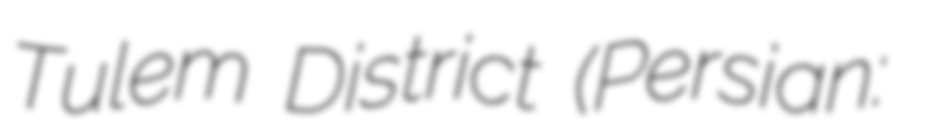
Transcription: Tulem District (Persian: بخش